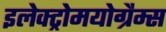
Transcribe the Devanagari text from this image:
इलेक्ट्रोमयोग्रैम्स